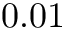
0 . 0 1